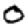
Digit: 0